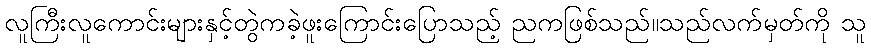
လူကြီးလူကောင်းများနှင့်တွဲကခဲ့ဖူးကြောင်းပြောသည့် ညကဖြစ်သည်။သည်လက်မှတ်ကို သူ